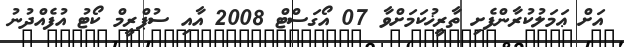
އަށް ޢަމަލުކުރާންފެށި ތާރީޚުކަމަށްވާ 07 އޯގަސްޓް 2008 އާއި ސުޕްރީމް ކޯޓު އުފެއްދުނު